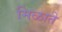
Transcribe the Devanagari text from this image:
मिळाते